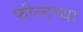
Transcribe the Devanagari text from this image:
फील्डच्या